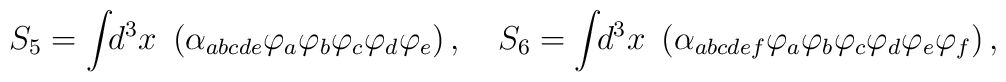
S_5=\int \!\!d^3x~\left( \alpha _{abcde}\varphi _a\varphi_b\varphi _c\varphi _d\varphi _e\right) ,\quad S_6=\int\!\!d^3x~\left( \alpha _{abcdef}\varphi _a\varphi _b\varphi_c\varphi _d\varphi _e\varphi _f\right) ,